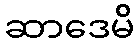
ဆာဒေမိ